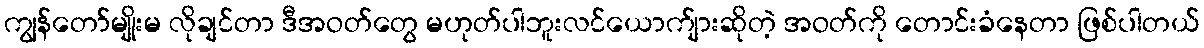
ကျွန်တော်မျိုးမ လိုချင်တာ ဒီအဝတ်တွေ မဟုတ်ပါဘူးလင်ယောက်ျားဆိုတဲ့ အဝတ်ကို တောင်းခံနေတာ ဖြစ်ပါတယ်